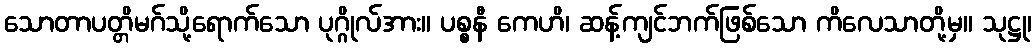
သောတာပတ္တိမဂ်သို့ရောက်သော ပုဂ္ဂိုလ်အား။ ပစ္စနီ ကေဟိ၊ ဆန့်ကျင်ဘက်ဖြစ်သော ကိလေသာတို့မှ။ သုဋ္ဌု၊